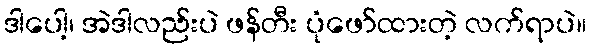
ဒါပေါ့၊ အဲဒါလည်းပဲ ဖန်တီး ပုံဖော်ထားတဲ့ လက်ရာပဲ။